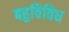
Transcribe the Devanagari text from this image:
बहुविविध